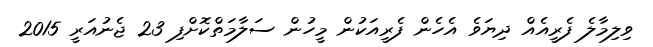
ވިލިމާލެ ފެރީއެއް ދިޔަވެ އެހެން ފެރީއަކުން މީހުން ސަލާމަތްކޮށްފި 23 ޖެނުއަރީ 2015